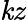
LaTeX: \mathit{k}z